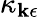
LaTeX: \kappa_{\mathbf{k}\epsilon}